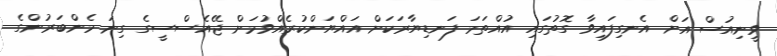
ވީނިއުސް އަށް އެނގިފައިވާ ގޮތުގައި އުއްތަމަ ފަނޑިޔާރަކަށް އައްޔަންކުރެއްވުމަށް ޖޭއެސްސީގެ ގިނަ މެންބަރުންގެ